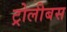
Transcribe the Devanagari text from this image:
ट्रोलीबस